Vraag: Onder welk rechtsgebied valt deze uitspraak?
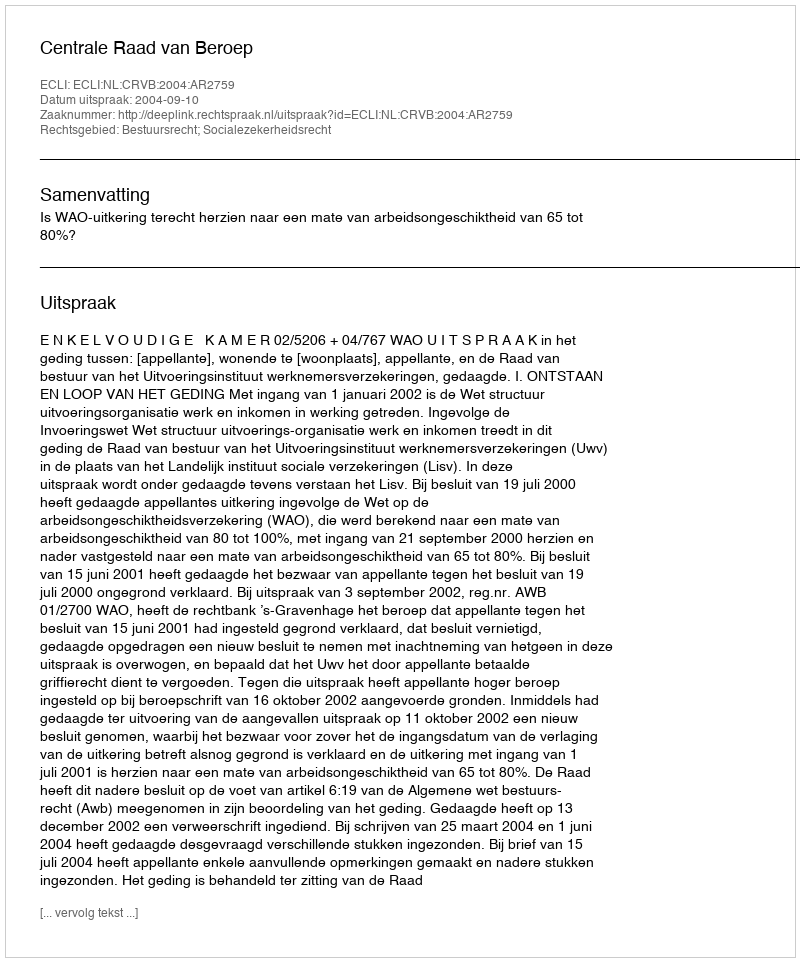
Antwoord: Bestuursrecht; Socialezekerheidsrecht